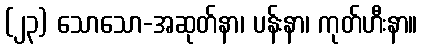
(၂၃) သောသော-အဆုတ်နာ၊ ပန်းနာ၊ ကုတ်ဟီးနာ။